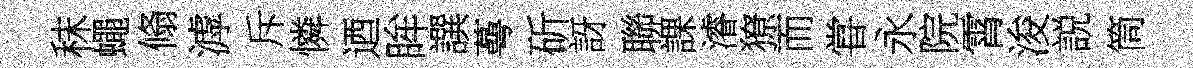
秣蠅翛滹斥憐迺眸譔蕚斫訝聯課濬獠而甞永院霄浚説筒